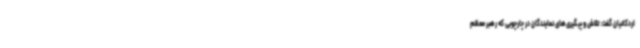
اردکانیان گفت: تلاش و پیگیری‌های نمایندگان در چارچوبی که رهبر معظم